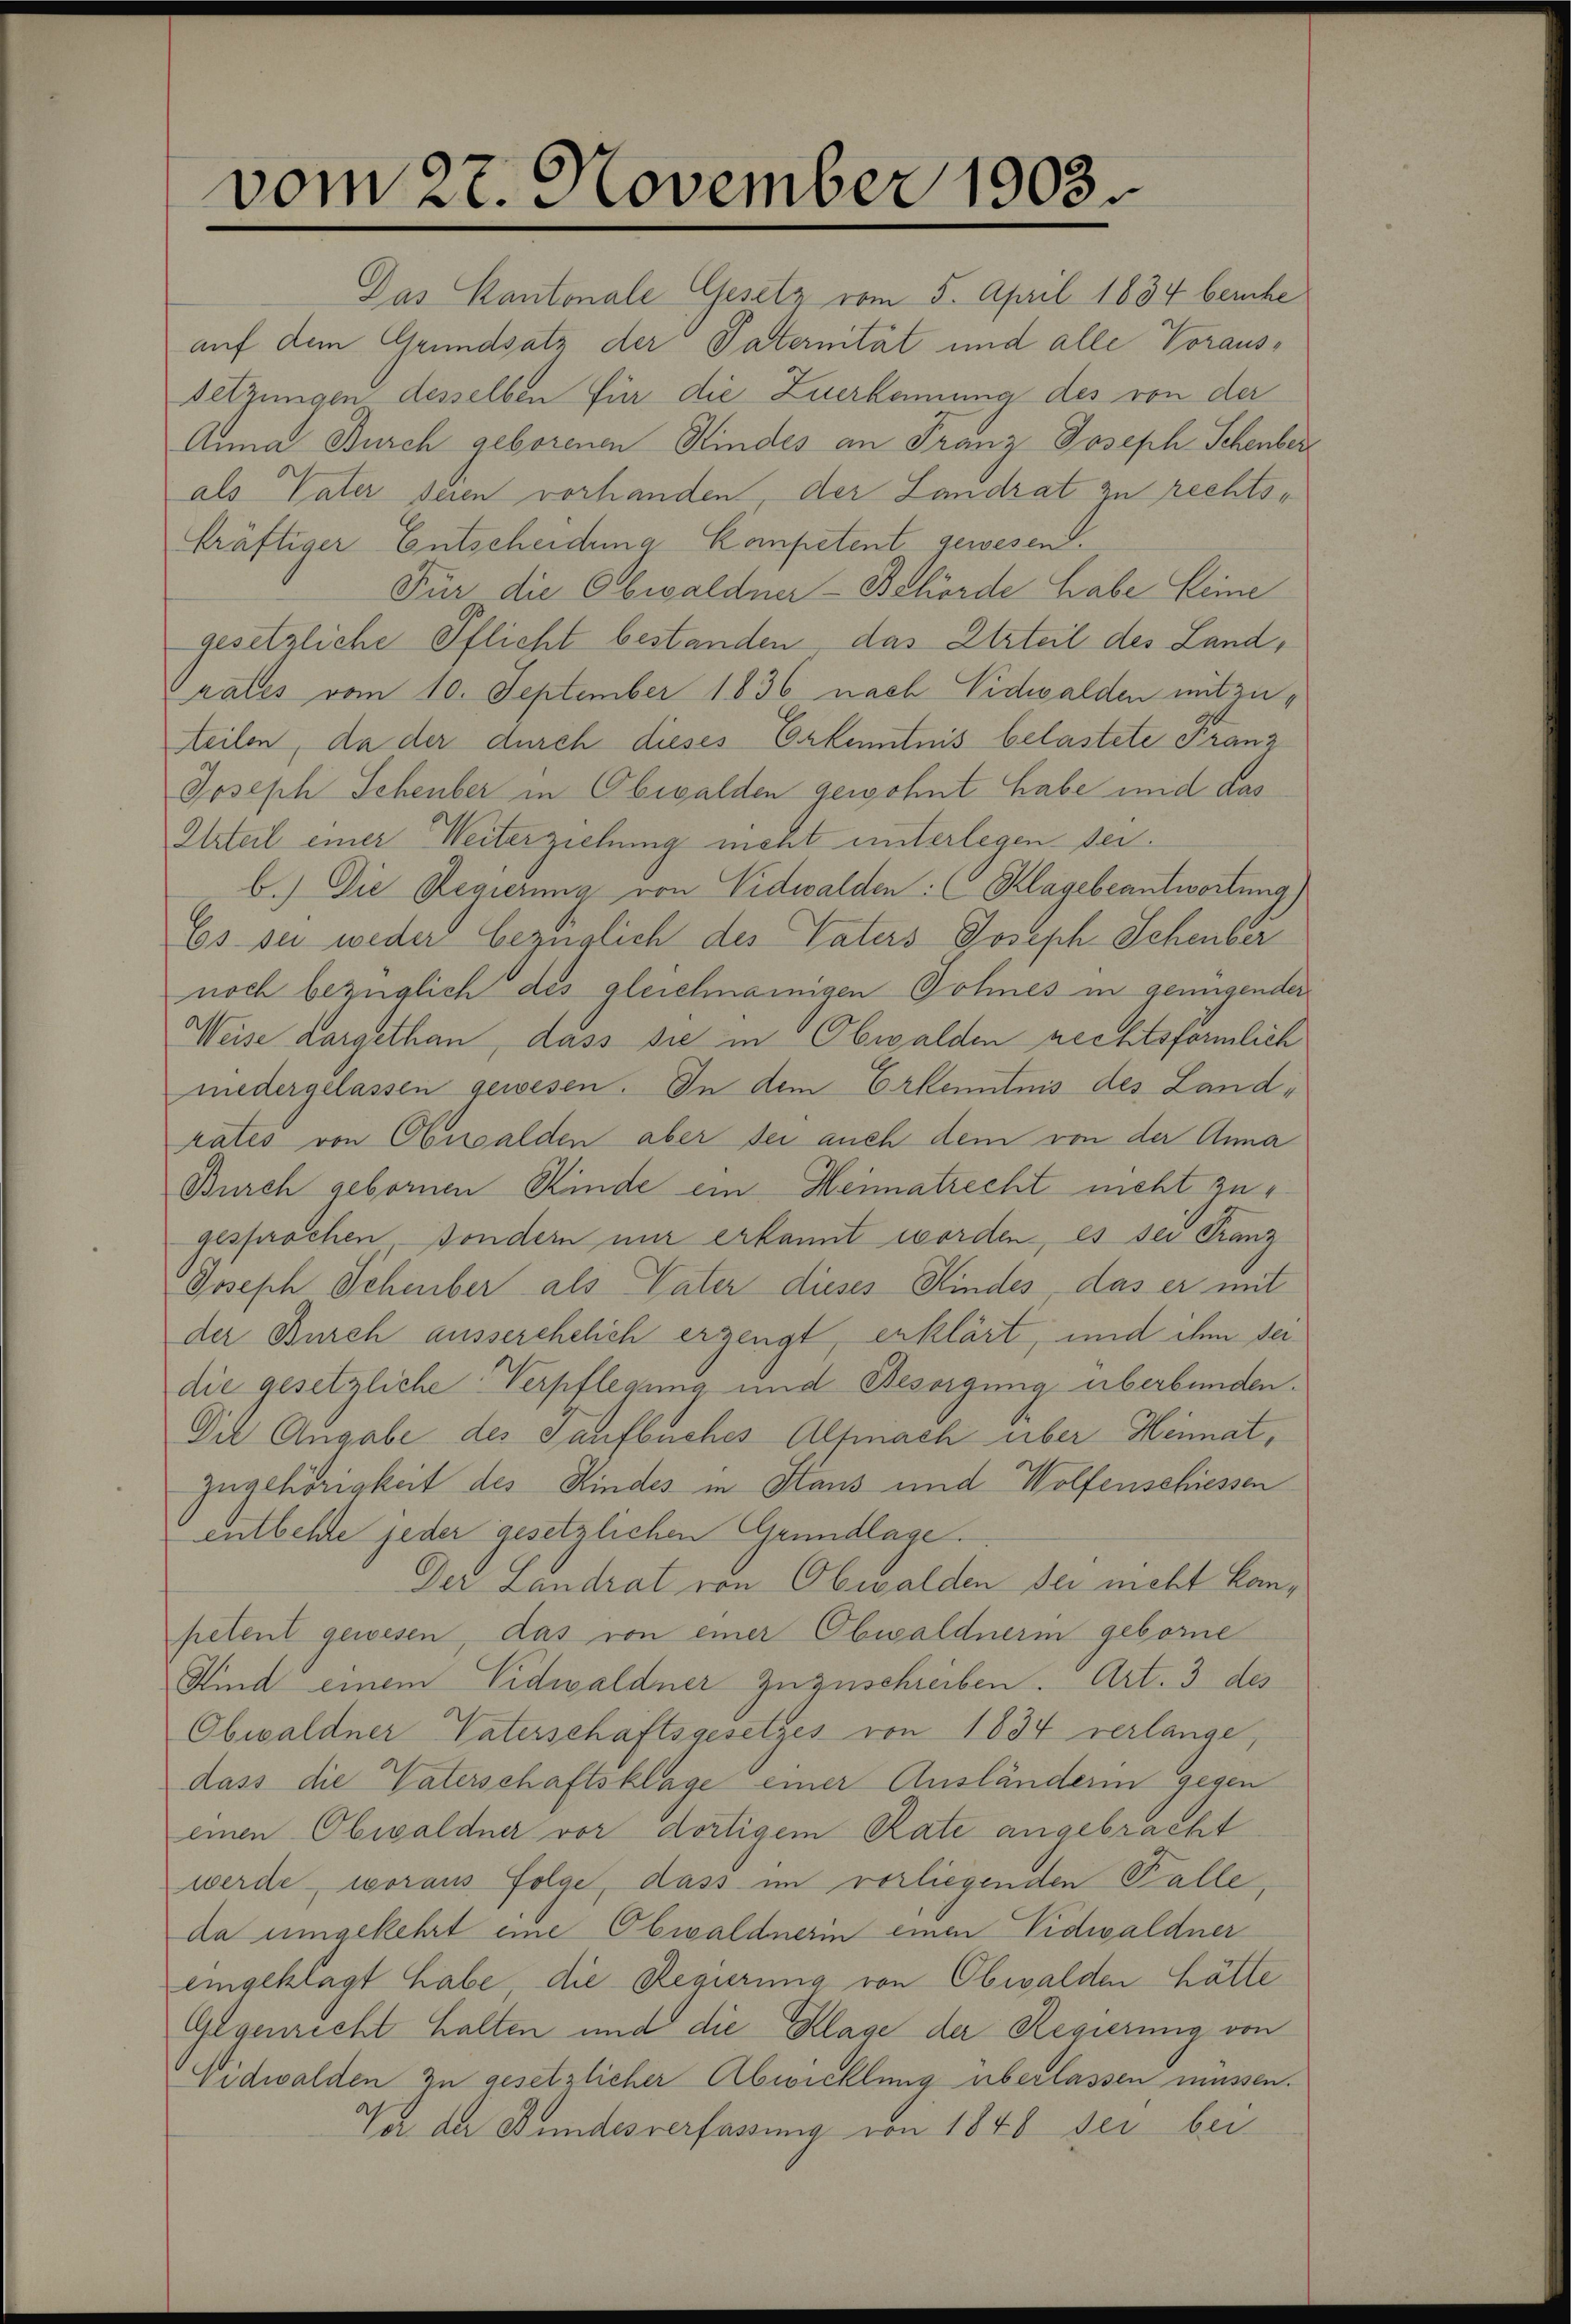
vom 27. November 1903

kräftiger Entscheidena Kompetent gewesen.
Für die Obwaldner-Behörde habe keine
gesetzliche Pflicht bestanden das Urteil des Landrates vom 10. September 1836 nach Nidwalden mitzuteilen, da der durch dieses Erkenntnis belastete Franz
Joseph Scheuber in Obwalden gewohnt habe und das
Ilzteil einer Weiterziehung neht unterlegen sei.
b.) Die Regierung von Nidwalden: ( Klagebeantwortung
Es sei weder bezüglich des Vaters Joseph Schenber
noch bezüglich des gleichnamigen Sohnes in genügender
Weise dargethan, dass sie in Obwalden rechtsförmlich
niedergelassen gewesen. In dem Erkenntnis des Landrates von Obwalden aber sei auch dem von der Anna
Burch gebornen Kinde ein Heimatrecht nicht zugesprochen - sondern nur erkannt worden, es sei Franz
Joseph Schenber als Vater dieses Kindes, das er mit
der Burch ausserehelich erzeugt, erklärt, und ihm seidie gesetzliche Verpflegung und Besorgung überbunden.
Die Angabe des Taufbuches Alfmnach über Heimat,
zugehörigkeit des Kindes in Haus und Wolfenschiessen
entbehre jeder gesetzlichen Grundlage.
Der Landrat von Obwalden sei nicht kompetent gewesen, das von einer Obwaldnerin geborne
Kind einem Vidwaldner zuzuschreiben. Art. 3 des
Obwaldner Vaterschaftsgesetzes von 1834 verlange,
dass die Vaterschaftsklage einer Ausländerin gegen
einen Obwaldner vor dortigem Rate angebracht
werde, woraus folge, dass im vorliegenden Falle,
da umgekehrt eine Obwaldnerin einen Nidwaldner
eingeklagt habe, die Regierung von Obwalden hätte
Gegenrecht halten und die Klage der Regierung von
Vidwalden zu gesetzlicher Abwicklung überlassen müssen.
Va der Bundesverfassung von 1846 sei bei

Das Kantonale Gesetz vom 5. April 1834 beruhe
auf dem Grundsatz der Paternität und alle Voraus¬
Setzungen desselben für die Zuerkennung des von der
Anna Burch geborenen Kindes an Franz Joseph Schenber
als Vater seien vorhanden, der Landrat zu rechts¬